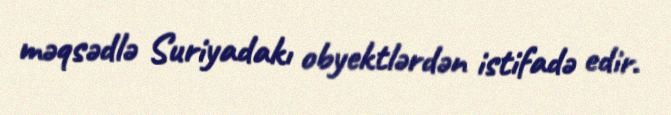
məqsədlə Suriyadakı obyektlərdən istifadə edir.